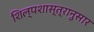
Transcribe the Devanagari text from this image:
शिल्पशास्त्रानुसार